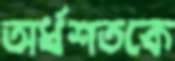
অর্ধশতকে